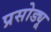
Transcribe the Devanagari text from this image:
प्रसोड्यू